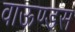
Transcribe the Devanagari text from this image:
वाऊण्डस